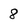
Character: 8